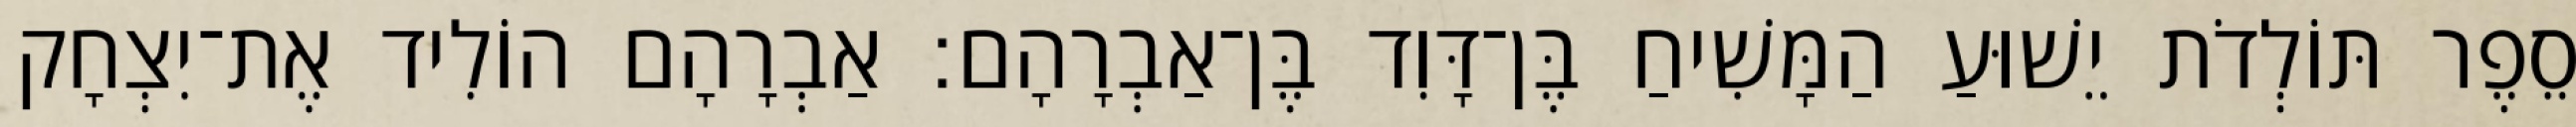
סֵפֶר תּוֹלְדֹת יֵשׁוּעַ הַמָּשִׁיחַ בֶּן־דָּוִד בֶּן־אַבְרָהָם׃ אַבְרָהָם הוֹלִיד אֶת־יִצְחָק